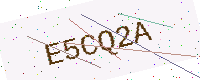
Text: E5CQ2A